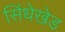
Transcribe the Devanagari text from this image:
सिंधेखेड